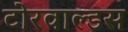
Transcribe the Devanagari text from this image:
टोरवाल्डस